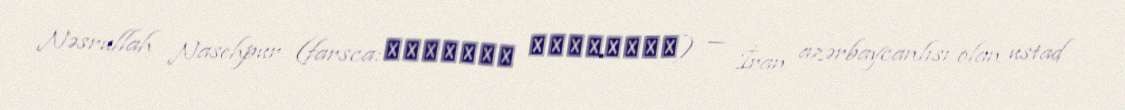
Nəsrullah Nasehpur (farsca:نصرالله ناصح‌پور) — İran azərbaycanlısı olan ustad